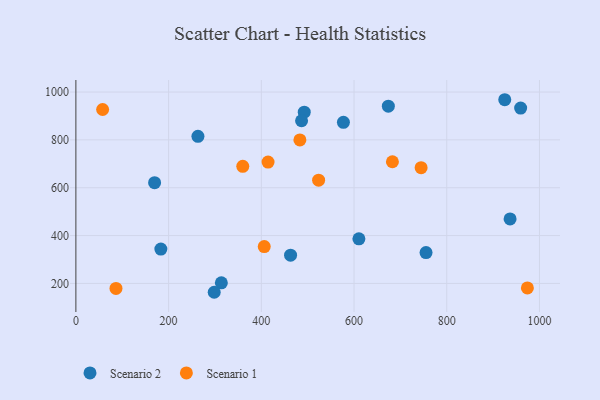
{"axis": {"x": "Speed", "y": "Yield"}, "legend": ["Scenario 1", "Scenario 2"], "data": [{"x": "313.8", "y": 202.5, "type": "Scenario 2"}, {"x": "755.3", "y": 329.1, "type": "Scenario 2"}, {"x": "492.6", "y": 916.0, "type": "Scenario 2"}, {"x": "486.8", "y": 880.1, "type": "Scenario 2"}, {"x": "577.1", "y": 873.6, "type": "Scenario 2"}, {"x": "169.8", "y": 621.2, "type": "Scenario 2"}, {"x": "674.0", "y": 941.0, "type": "Scenario 2"}, {"x": "263.3", "y": 814.8, "type": "Scenario 2"}, {"x": "610.5", "y": 386.4, "type": "Scenario 2"}, {"x": "463.1", "y": 318.0, "type": "Scenario 2"}, {"x": "298.4", "y": 163.0, "type": "Scenario 2"}, {"x": "925.1", "y": 967.9, "type": "Scenario 2"}, {"x": "936.6", "y": 469.7, "type": "Scenario 2"}, {"x": "183.3", "y": 343.5, "type": "Scenario 2"}, {"x": "959.4", "y": 933.0, "type": "Scenario 2"}, {"x": "414.5", "y": 707.3, "type": "Scenario 1"}, {"x": "744.7", "y": 683.8, "type": "Scenario 1"}, {"x": "86.5", "y": 179.2, "type": "Scenario 1"}, {"x": "57.7", "y": 927.1, "type": "Scenario 1"}, {"x": "973.9", "y": 181.3, "type": "Scenario 1"}, {"x": "682.8", "y": 708.7, "type": "Scenario 1"}, {"x": "523.6", "y": 631.7, "type": "Scenario 1"}, {"x": "360.0", "y": 689.4, "type": "Scenario 1"}, {"x": "483.2", "y": 799.8, "type": "Scenario 1"}, {"x": "406.3", "y": 353.9, "type": "Scenario 1"}]}